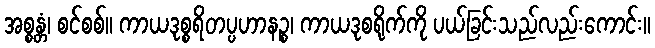
အစ္စန္တံ၊ စင်စစ်။ ကာယဒုစ္စရိတပ္ပဟာနဉ္စ၊ ကာယဒုစရိုက်ကို ပယ်ခြင်းသည်လည်းကောင်း။